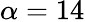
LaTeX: \alpha=14